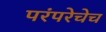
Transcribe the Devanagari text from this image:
परंपरेचेच